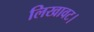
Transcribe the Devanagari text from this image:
लिखावट।